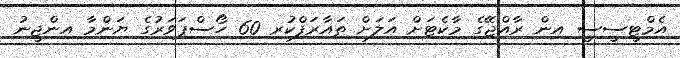
އެމްޓީސީސީ އިން ރާއްޖޭގެ މާކެޓަށް އަލަށް ތައާރަފްކުރި 60 ހޯސްޕަވަރުގެ ޔަންމާ އިންޖީނު